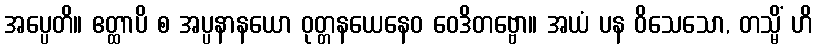
အပ္ပေတိ။ ဧတ္ထာပိ စ အပ္ပနာနယော ဝုတ္တနယေနေဝ ဝေဒိတဗ္ဗော။ အယံ ပန ဝိသေသော, တသ္မိံ ဟိ